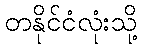
တနိုင်ငံလုံးသို့